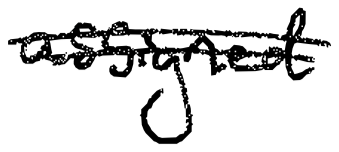
Text: assigned
Cross-out: double-line
Writing tool: digital_black